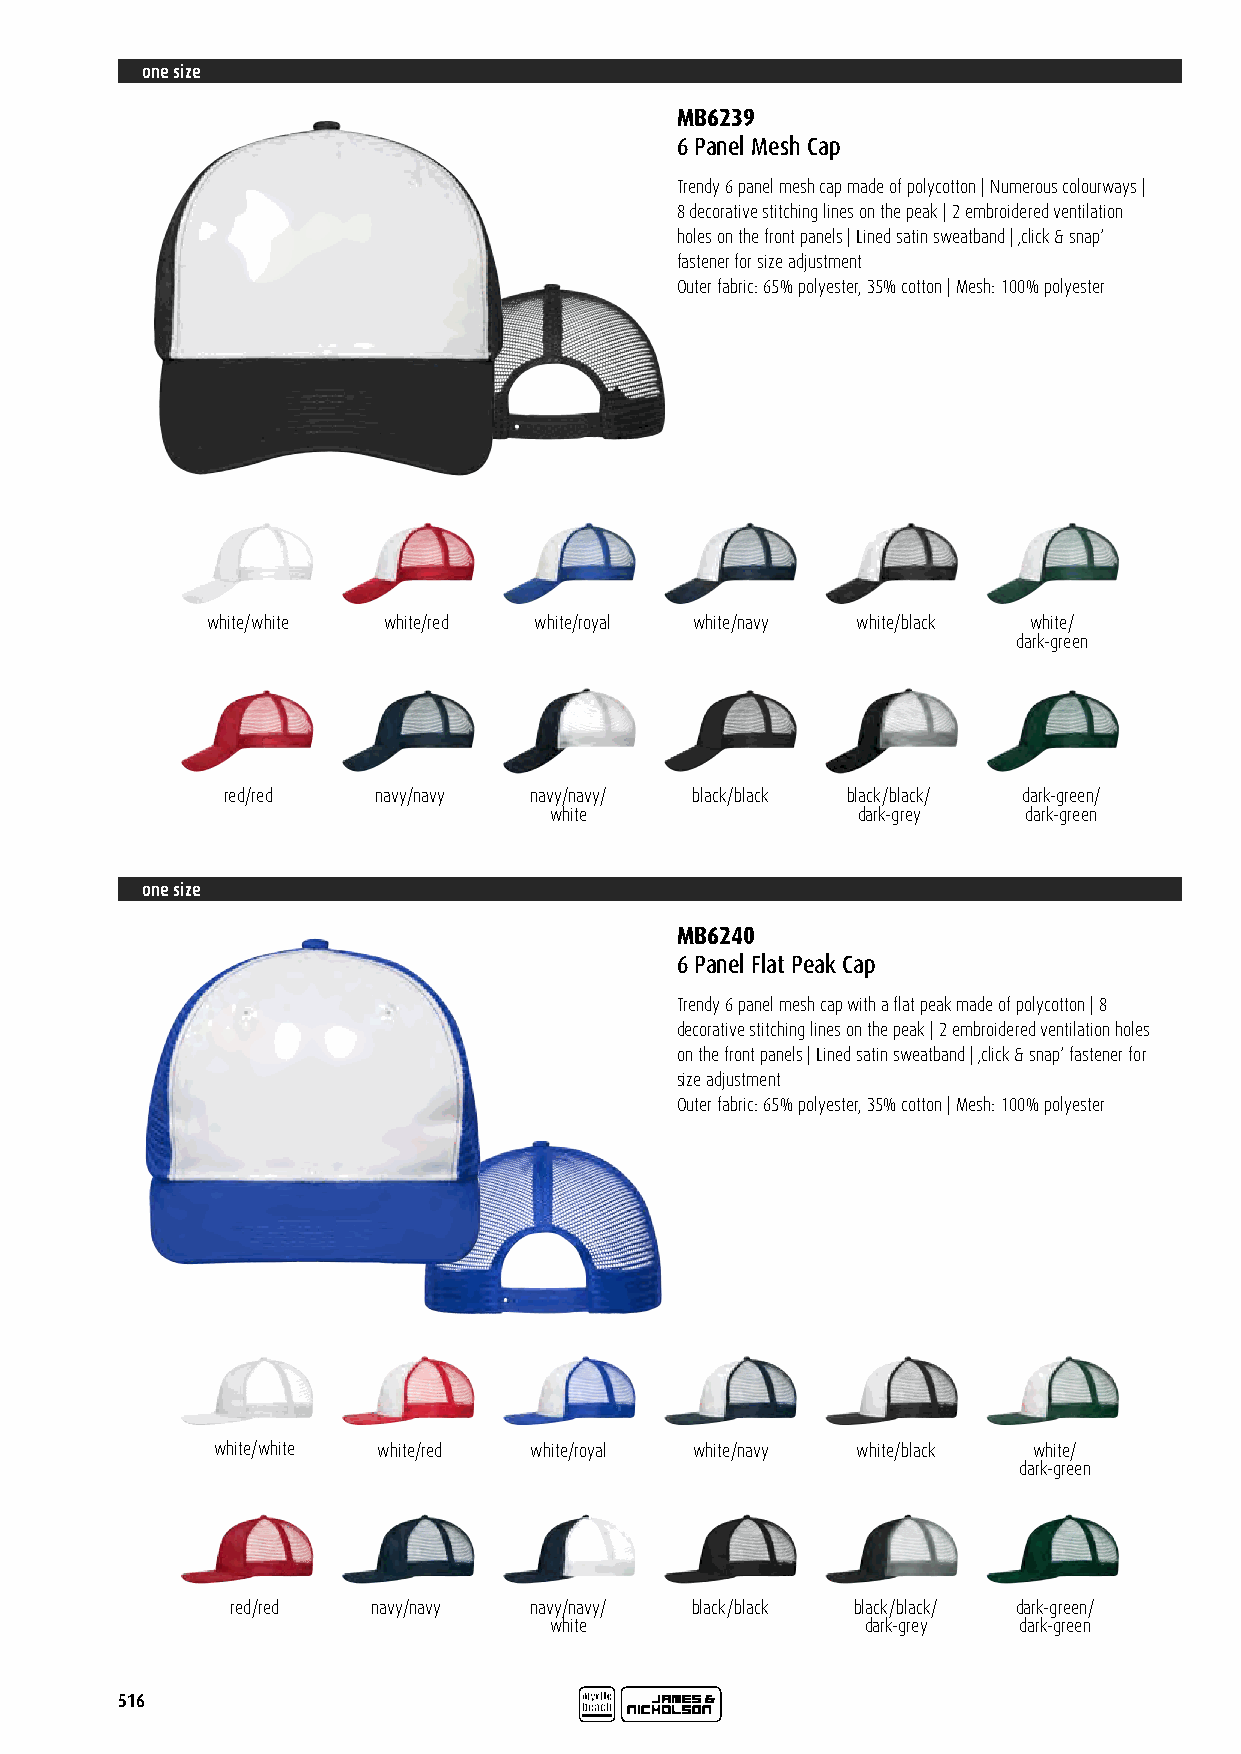
one size
 MB6239
 6 Panel Mesh Cap
 Trendy 6 panel mesh cap made of polycotton | Numerous colourways |
 8 decorative stitching lines on the peak | 2 embroidered ventilation
 holes on the front panels | Lined satin sweatband | ‚click & snap‘
 fastener for size adjustment
 Outer fabric: 65% polyester, 35% cotton | Mesh: 100% polyester
 white/white white/red white/royal white/navy white/black white/
 dark-green
 red/red   navy/navy navy/navy/ black/black black/black/ dark-green/
 white                dark-grey  dark-green
 one size
 MB6240
 6 Panel Flat Peak Cap
 Trendy 6 panel mesh cap with a flat peak made of polycotton | 8
 decorative stitching lines on the peak | 2 embroidered ventilation holes
 on the front panels | Lined satin sweatband | ‚click & snap‘ fastener for
 size adjustment
 Outer fabric: 65% polyester, 35% cotton | Mesh: 100% polyester
 white/white white/red white/royal white/navy white/black white/
 dark-green
 red/red   navy/navy navy/navy/ black/black black/black/ dark-green/
 white                dark-grey dark-green
 516